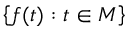
\left\{ f ( t ) : t \in M \right\}